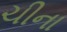
ચીના